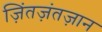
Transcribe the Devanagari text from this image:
ज़िंतज़ंतज़ान